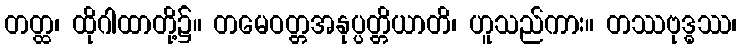
တတ္ထ၊ ထိုဂါထာတို့၌။ တမေဝတ္တအနုပ္ပတ္တိယာတိ၊ ဟူသည်ကား။ တဿဗုဒ္ဓဿ၊